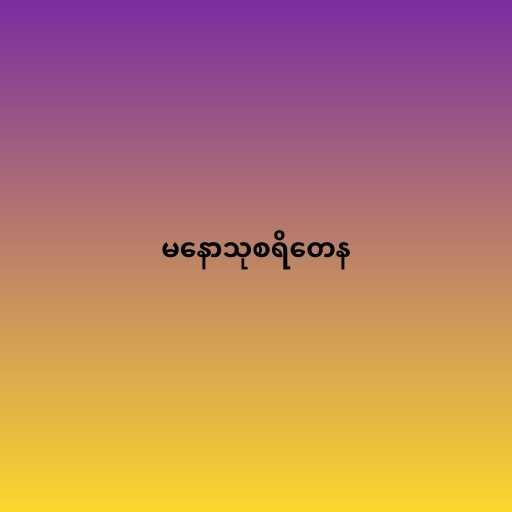
မနောသုစရိတေန